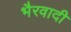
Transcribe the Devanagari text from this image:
भैरवादी